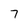
Character: 7